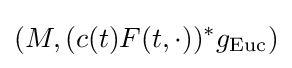
(M,(c(t)F(t,\cdot ))^{\ast }g_{\text{Euc}})